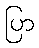
ပြာ